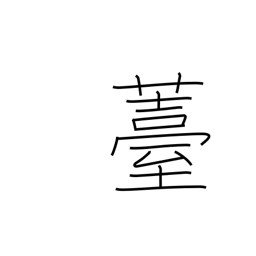
Meaning: seed pod